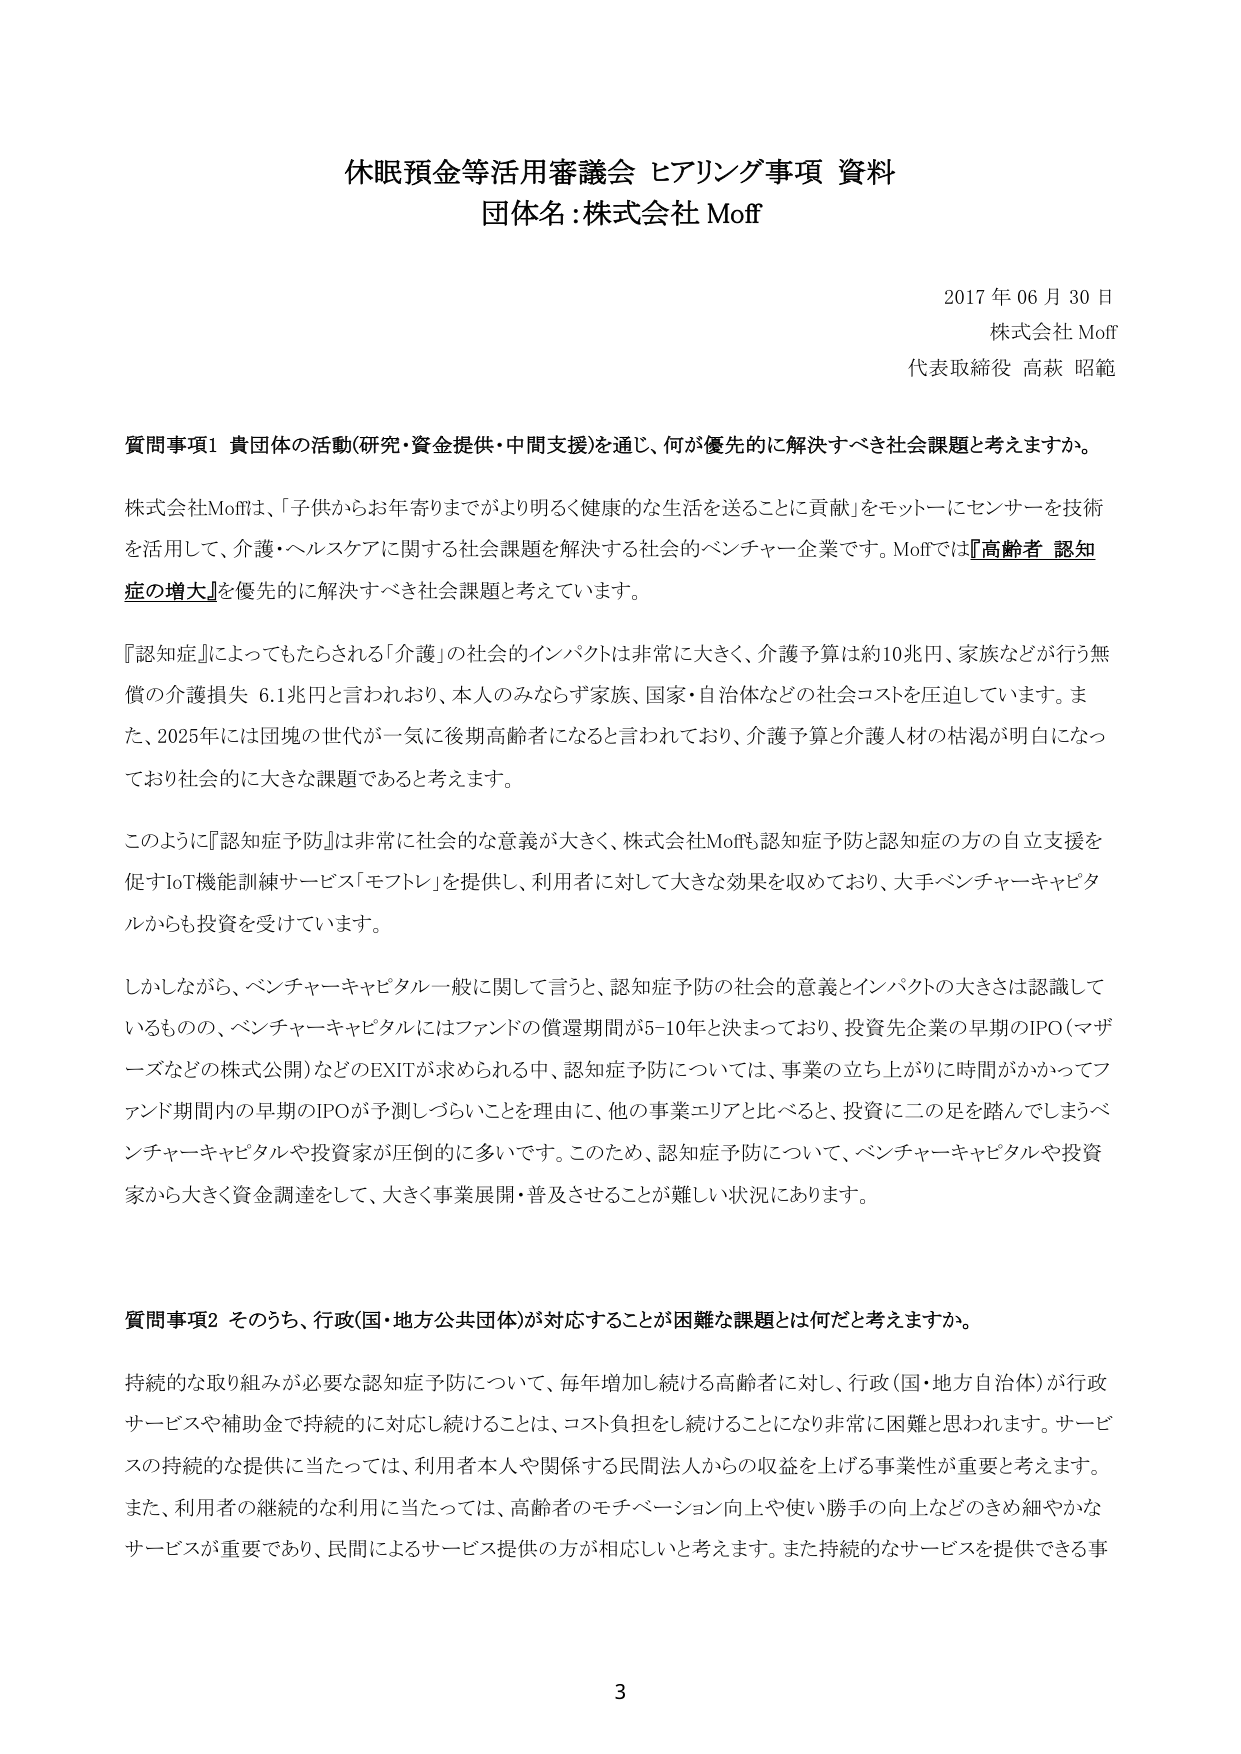
休眠預金等活用審議会 ヒアリング事項 資料
団体名：株式会社 Moff

2017 年 06 月 30 日
株式会社 Moff
代表取締役 高萩 昭範

質問事項1 貴団体の活動(研究・資金提供・中間支援)を通じ、何が優先的に解決すべき社会課題と考えますか。

株式会社Moffは、「子供からお年寄りまでがより明るく健康的な生活を送ることに貢献」をモットーにセンサーを技術を活用して、介護・ヘルスケアに関する社会課題を解決する社会的ベンチャー企業です。Moffでは『高齢者 認知症の増大』を優先的に解決すべき社会課題と考えています。

『認知症』によってもたらされる「介護」の社会的インパクトは非常に大きく、介護予算は約10兆円、家族などが行う無償の介護損失 6.1兆円と言われており、本人のみならず家族、国家・自治体などの社会コストを圧迫しています。また、2025年には団塊の世代が一気に後期高齢者になると言われており、介護予算と介護人材の枯渇が明白になっており社会的に大きな課題であると考えます。

このように『認知症予防』は非常に社会的な意義が大きく、株式会社Moffも認知症予防と認知症の方の自立支援を促すIoT機能訓練サービス「モフトレ」を提供し、利用者に対して大きな効果を収めており、大手ベンチャーキャピタルからも投資を受けています。

しかしながら、ベンチャーキャピタル一般に関して言うと、認知症予防の社会的意義とインパクトの大きさは認識しているものの、ベンチャーキャピタルにはファンドの償還期間が5-10年と決まっており、投資先企業の早期のIPO（マザーズなどの株式公開）などのEXITが求められる中、認知症予防については、事業の立ち上がりに時間がかかってファンド期間内の早期のIPOが予測しづらいことを理由に、他の事業エリアと比べると、投資に二の足を踏んでしまうベンチャーキャピタルや投資家が圧倒的に多いです。このため、認知症予防について、ベンチャーキャピタルや投資家から大きく資金調達をして、大きく事業展開・普及させることが難しい状況にあります。

質問事項2 そのうち、行政(国・地方公共団体)が対応することが困難な課題とは何だと考えますか。

持続的な取り組みが必要な認知症予防について、毎年増加し続ける高齢者に対し、行政(国・地方自治体)が行政サービスや補助金で持続的に対応し続けることは、コスト負担を続けることになり非常に困難と思われます。サービスの持続的な提供に当たっては、利用者本人や関係する民間法人からの収益を上げる事業性が重要と考えます。また、利用者の継続的な利用に当たっては、高齢者のモチベーション向上や使い勝手の向上などのきめ細やかなサービスが重要であり、民間によるサービス提供の方が相応しいと考えます。また持続的なサービスを提供できる事

3